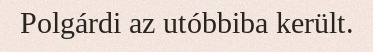
Polgárdi az utóbbiba került.